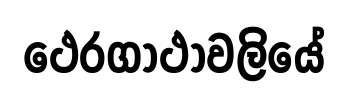
ථෙරගාථාවලියේ